Civil Veterinary Department. United Provinces 1932-42 - 1932-1942
Year: 1932
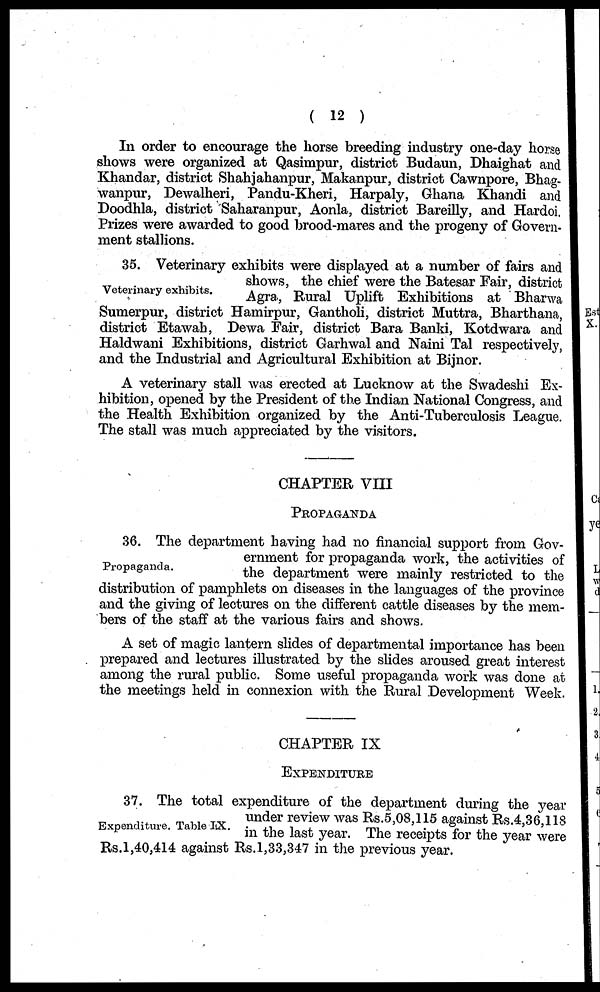
(12)
In order to encourage the horse breeding industry one-day horse
shows were organized at Qasimpur, district Budaun, Dhaighat and
Khandar, district Shahjahanpur, Makanpur, district Cawnpore, Bhag-
wanpur, Dewalheri, Pandu-Kheri, Harpaly, Ghana Khandi and
Doodhla, district Saharanpur, Aonla, district Bareilly, and Hardoi.
Prizes were awarded to good brood-mares and the progeny of Govern-
ment stallions.
Veterinary exhibits.
35. Veterinary exhibits were displayed at a number of fairs and
shows, the chief were the Batesar Fair, district
Agra, Rural Uplift Exhibitions at Bharwa
Sumerpur, district Hamirpur, Gantholi, district Muttra, Bharthana,
district Etawah, Dewa Fair, district Bara Banki, Kotdwara and
Haldwani Exhibitions, district Garhwal and Naini Tal respectively,
and the Industrial and Agricultural Exhibition at Bijnor.
A veterinary stall was erected at Lucknow at the Swadeshi Ex-
hibition, opened by the President of the Indian National Congress, and
the Health Exhibition organized by the Anti-Tuberculosis League.
The stall was much appreciated by the visitors.
CHARTER VIII
PROPAGANDA
Propaganda.
36. The department having had no financial support from Gov-
ernment for propaganda work, the activities of
the department were mainly restricted to the
distribution of pamphlets on diseases in the languages of the province
and the giving of lectures on the different cattle diseases by the mem-
bers of the staff at the various fairs and shows.
A set of magic lantern slides of departmental importance has been
prepared and lectures illustrated by the slides aroused great interest
among the rural public. Some useful propaganda work was done at
the meetings held in connexion with the Rural Development Week.
CHAPTER IX
PROPAGANDA
Expenditure. Table IX.
37. The total expenditure of the department during the year
under review was Rs.5,08,115 against Rs.4,36,118
in the last year. The receipts for the year were
Rs.1,40,414 against Rs.1,33,347 in the previous year.